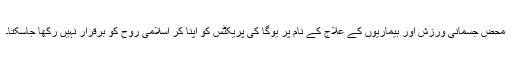
محض جسمانی ورزش اور بیماریوں کے علاج کے نام پر یوگا کی پریکٹس کو اپنا کر اسلامی روح کو برقرار نہیں رکھا جاسکتا۔